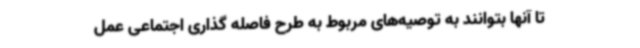
تا آنها بتوانند به توصیه‌های مربوط به طرح فاصله گذاری اجتماعی عمل